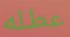
عطله